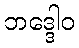
ဘဒ္ဒေါဝ